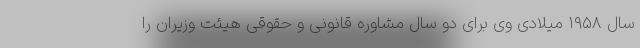
سال ۱۹۵۸ میلادی وی برای دو سال مشاوره قانونی و حقوقی هیئت وزیران را